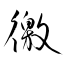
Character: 徼